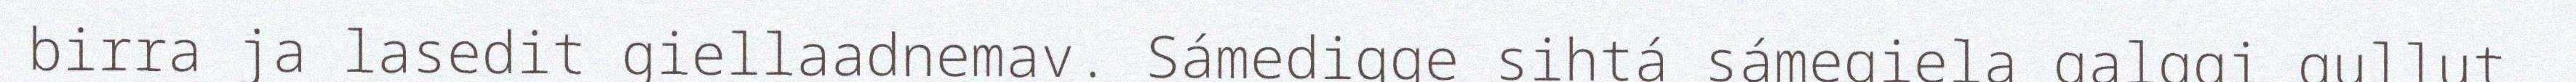
birra ja lasedit giellaadnemav. Sámedigge sihtá sámegiela galggi gullut